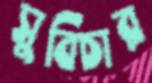
সুবিচার